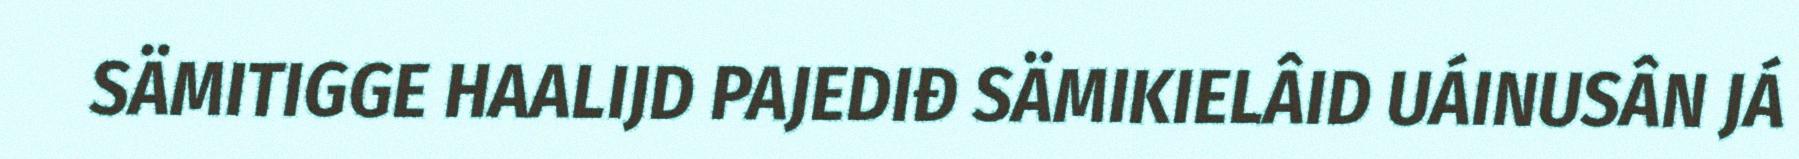
SÄMITIGGE HAALIJD PAJEDIĐ SÄMIKIELÂID UÁINUSÂN JÁ